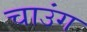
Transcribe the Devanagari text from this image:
चाउंग